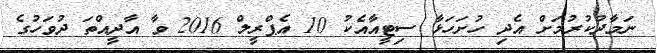
ނަމާދުކުރުމަށް އެދި ހުށަހަޅާ ސިޓީއާއެކު 10 އެޕްރީލް 2016 ވާ އާދީއްތަ ދުވަހުގެ